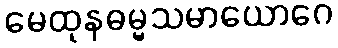
မေထုနဓမ္မသမာယောဂေ